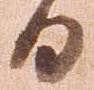
日